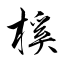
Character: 榽